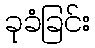
ခုခံခြင်း